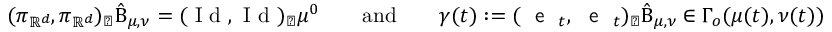
( \pi _ { \mathbb { R } ^ { d } } , \pi _ { \mathbb { R } ^ { d } } ) _ { \sharp } \hat { \Beta } _ { \mu , \nu } = ( \textnormal { I d } , \textnormal { I d } ) _ { \sharp } \mu ^ { 0 } \qquad \mathrm { a n d } \qquad \gamma ( t ) : = ( \textnormal { \textsf { e } } _ { t } , \textnormal { \textsf { e } } _ { t } ) _ { \sharp } \hat { \Beta } _ { \mu , \nu } \in \Gamma _ { o } ( \mu ( t ) , \nu ( t ) )